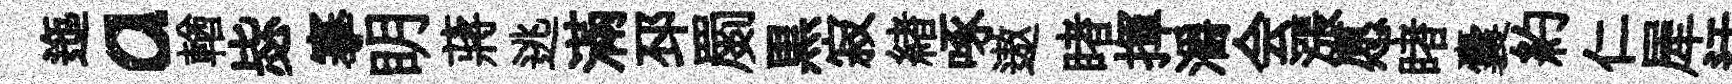
迤a輶毖搴眀蔣逃滿邳罽黒寂緖啄遨睹揮灂会漲愿睹囊約仁犀迂